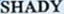
SHADY